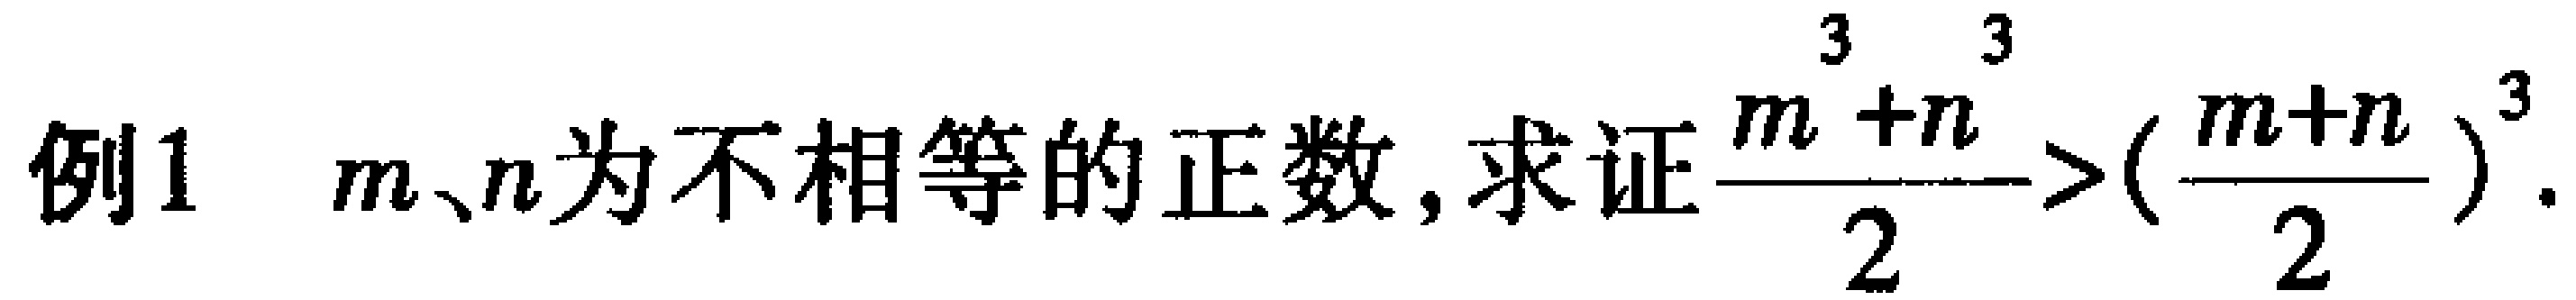
例1 \(m、n\)为不相等的正数, 求证\(\frac{m^{3}+n^{3}}{2}>(\frac{m + n}{2})^{3}\).